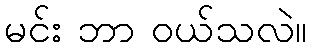
မင်း ဘာ ဝယ်သလဲ။